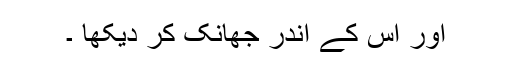
اور اس کے اندر جھانک کر دیکھا ۔